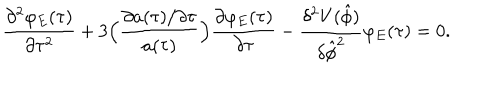
\frac { \partial ^ { 2 } \varphi _ { E } ( \tau ) } { \partial \tau ^ { 2 } } + 3 \Bigl ( \frac { \partial a ( \tau ) / \partial \tau } { a ( \tau ) } \Bigr ) \frac { \partial \varphi _ { E } ( \tau ) } { \partial \tau } - \frac { \delta ^ { 2 } V ( \hat { \phi } ) } { \delta \hat { \phi } ^ { 2 } } \varphi _ { E } ( \tau ) = 0 .